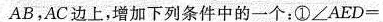
AB，AC边上，增加下列条件中的一个：① $$∠ A E D =$$